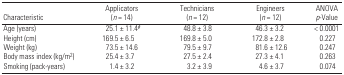
<table><thead><tr><td><b>Characteristic</b></td><td><b>Applicators (<i>n</i> = 14)</b></td><td><b>Technicians (<i>n</i> = 12)</b></td><td><b>Engineers (<i>n</i> = 12)</b></td><td><b>ANOVA <i>p</i>-Value</b></td></tr></thead><tbody><tr><td>Age (years)</td><td>25.1 ± 11.4#</td><td>48.8 ± 3.8</td><td>46.3 ± 3.2</td><td>&lt; 0.0001</td></tr><tr><td>Height (cm)</td><td>169.5 ± 6.5</td><td>169.8 ± 5.0</td><td>172.8 ± 2.8</td><td>0.227</td></tr><tr><td>Weight (kg)</td><td>73.5 ± 14.6</td><td>79.5 ± 9.7</td><td>81.6 ± 12.6</td><td>0.247</td></tr><tr><td>Body mass index (kg/m<sup>2</sup>)</td><td>25.4 ± 3.7</td><td>27.5 ± 2.4</td><td>27.3 ± 4.1</td><td>0.263</td></tr><tr><td>Smoking (pack-years)</td><td>1.4 ± 3.2</td><td>3.2 ± 3.9</td><td>4.6 ± 3.7</td><td>0.074</td></tr></tbody></table>